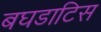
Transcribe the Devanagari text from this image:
बघडाटिस